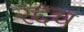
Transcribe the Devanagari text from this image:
रद्दच